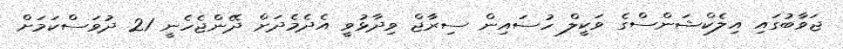
ޖަވާބުގައި އިލެކްޝަންސްގެ ވަކީލް ހުސައިން ސިރާޖް ވިދާޅުވީ އެދެމެދަށް ދޭންޖެހެނީ 21 ދުވަސްކަމަށް